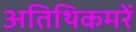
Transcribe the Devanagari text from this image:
अतिथिकमरें